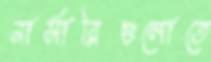
নার্সারিগুলোতে